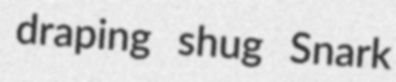
draping shug Snark